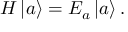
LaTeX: H \left| a \right\rangle = E _ { a } \left| a \right\rangle .